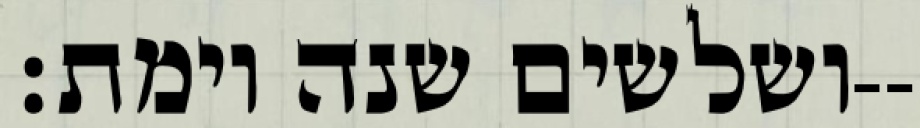
ושלשים שנה וימת׃--